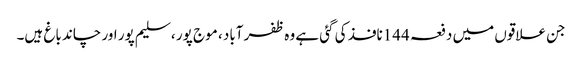
جن علاقوں میں دفعہ 144نافذ کی گئی ہے وہ ظفر آباد ، موج پور ، سلیم پور اور چاند باغ ہیں۔